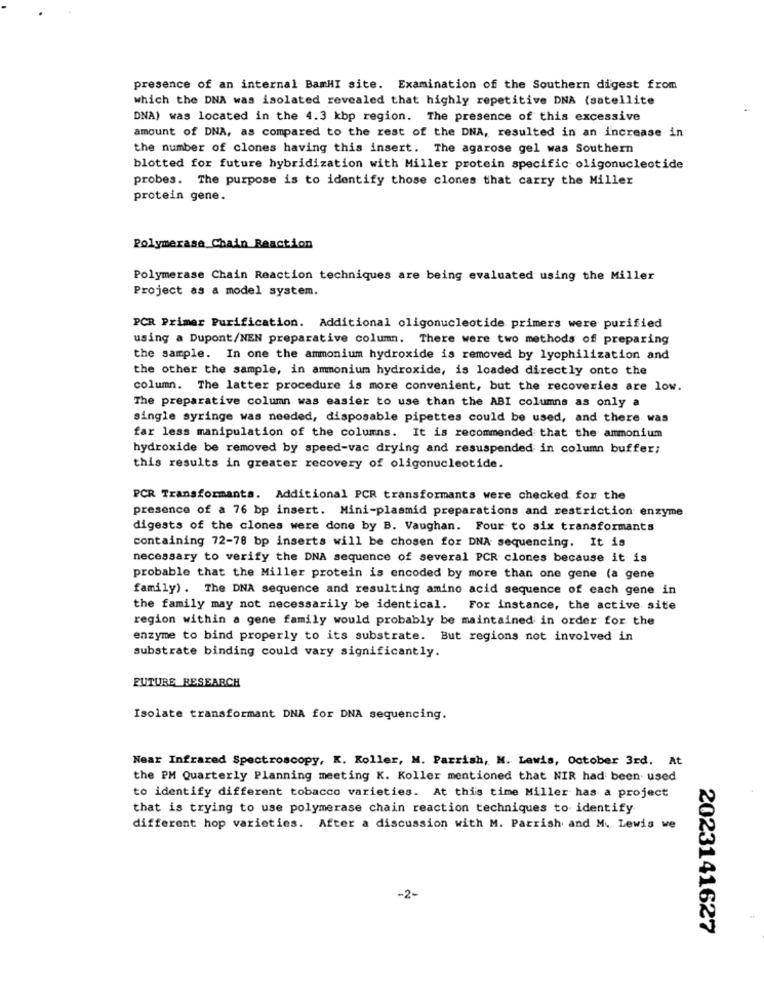
presence of an internal BamHI site. Examination of the Southern digest from
which the DNA was isolated revealed that highly repetitive DNA (satellite
DNA) was located in the 4.3 kbp region. The presence of this excessive
amount of DNA, as compared to the rest of the DNA, resulted in an increase in
the number of clones having this insert. The agarose gel was Southern
blotted for future hybridization with Miller protein specific oligonucleotide
probes. The purpose is to identify those clones that carry the Miller
protein gene.
Polymerase Chain Reaction
Polymerase Chain Reaction techniques are being evaluated using the Miller
Project as a model system.
PCR Primer Purification. Additional oligonucleotide primers were purified
using a Dupont/NEN preparative column. There were two methods of preparing
the sample. In one the ammonium hydroxide is removed by lyophilization and
the other the sample, in ammonium hydroxide, is loaded directly onto the
column. The latter procedure is more convenient, but the recoveries are low.
The preparative column was easier to use than the ABI columns as only a
single syringe was needed, disposable pipettes could be used, and there was
far less manipulation of the columns. It is recommended that the ammonium
hydroxide be removed by speed-vac drying and resuspended in column buffer;
this results in greater recovery of oligonucleotide.
PCR Transformants. Additional PCR transformants were checked for the
presence of a 76 bp insert. Mini-plasmid preparations and restriction enzyme
digests of the clones were done by B. Vaughan. Four to six transformants
containing 72-78 bp inserts will be chosen for DNA sequencing. It is
necessary to verify the DNA sequence of several PCR clones because it is
probable that the Miller protein is encoded by more than one gene (a gene
family). The DNA sequence and resulting amino acid sequence of each gene in
the family may not necessarily be identical. For instance, the active site
region within a gene family would probably be maintained in order for the
enzyme to bind properly to its substrate. But regions not involved in
substrate binding could vary significantly.
FUTURE RESEARCH
Isolate transformant DNA for DNA sequencing.
Near Infrared Spectroscopy, K. Koller, M. Parrish, N. Lewis, October 3rd. At
the PM Quarterly Planning meeting K. Koller mentioned that NIR had been used
to identify different tobacco varieties. At this time Miller has a project
that is trying to use polymerase chain reaction techniques to identify
different hop varieties. After a discussion with M. Parrish and M. Lewis we
-2-
2023141627